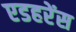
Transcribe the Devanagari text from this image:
एडहरेंस